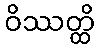
ဝိဿတ္ထိ